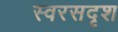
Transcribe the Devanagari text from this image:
स्वरसदृश